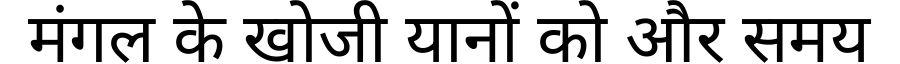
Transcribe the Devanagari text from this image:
मंगल के खोजी यानों को और समय